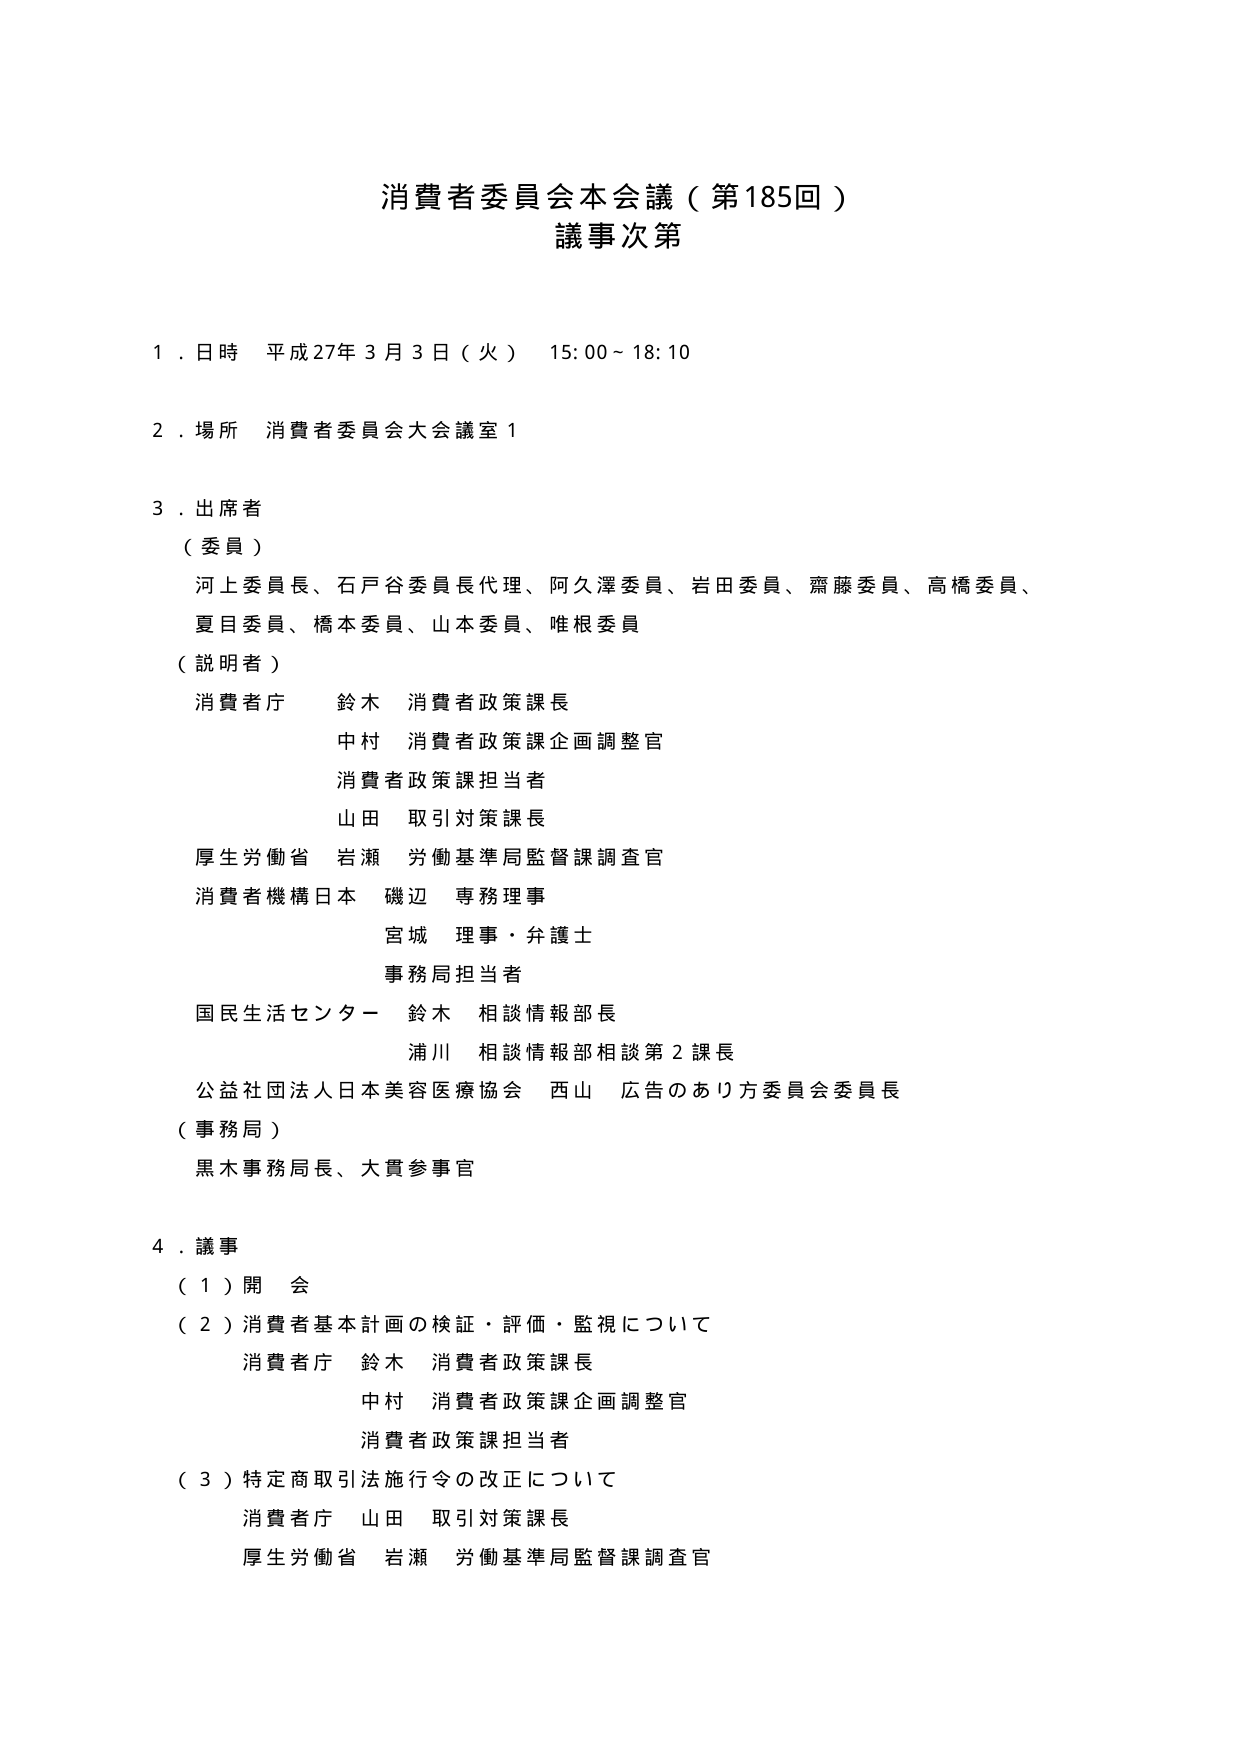
消費者委員会本会議（第185回）
議事次第

１．日時 平成27年3月3日（火） 15:00～18:10

２．場所 消費者委員会大会議室1

３．出席者
（委員）
　河上委員長、石戸谷委員長代理、阿久澤委員、岩田委員、齋藤委員、高橋委員、
　夏目委員、橋本委員、山本委員、唯根委員
（説明者）
　消費者庁 鈴木 消費者政策課長
　　　　　中村 消費者政策課企画調整官
　　　　　消費者政策課担当者
　　　　　山田 取引対策課長
　厚生労働省 岩瀬 労働基準局監督課調査官
　消費者機構日本 磯辺 専務理事
　　　　　　　　宮城 理事・弁護士
　　　　　　　　事務局担当者
　国民生活センター 鈴木 相談情報部長
　　　　　　　　　　浦川 相談情報部相談第2課長
　公益社団法人日本美容医療協会 西山 広告のあり方委員会委員長
（事務局）
　黒木事務局長、大貫参事官

４．議事
（１）開会
（２）消費者基本計画の検証・評価・監視について
　消費者庁 鈴木 消費者政策課長
　　　　　中村 消費者政策課企画調整官
　　　　　消費者政策課担当者
（３）特定商取引法施行令の改正について
　消費者庁 山田 取引対策課長
　厚生労働省 岩瀬 労働基準局監督課調査官